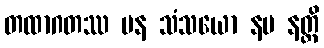
တထာဂတဿ ပန သံသယော နမ နတ္ထိ